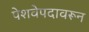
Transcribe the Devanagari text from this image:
पेशवेपदावरून